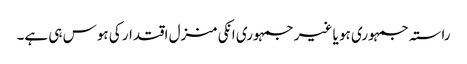
راستہ جمہوری ہو یا غیر جمہوری انکی منزل اقتدار کی ہوس ہی ہے۔